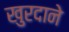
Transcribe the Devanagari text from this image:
खुरदाने